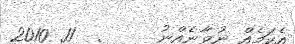
އެކަމެއް ނުވާނެއްނު